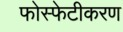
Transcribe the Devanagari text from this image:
फोस्फेटीकरण